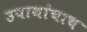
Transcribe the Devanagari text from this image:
उपायांचाच